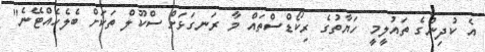
އެ ކުދިންގެ ތައުލީމީ ހަޔާތުގެ ރިކޯޑްސްތައް މާ ރަނގަޅަށް ސްކޫލް ތަކަށް ބެލެހެއްޓޭނެ"